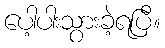
ပေါ့ပါးသွားခဲ့ရပြီ။